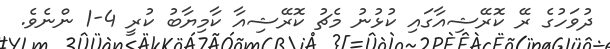
ދުވަހުގެ ރޭ ކޮރޭޝިއާގައި ކުޅުނު މެޗު ކޮރޭޝިއާ ކާމިޔާބު ކުރީ 4-1 ންނެވެ.